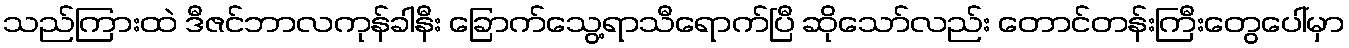
သည်ကြားထဲ ဒီဇင်ဘာလကုန်ခါနီး ခြောက်သွေ့ရာသီရောက်ပြီ ဆိုသော်လည်း တောင်တန်းကြီးတွေပေါ်မှာ